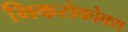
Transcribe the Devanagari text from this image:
मिकरोकोक्स